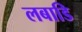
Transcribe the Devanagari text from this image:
लबाडि